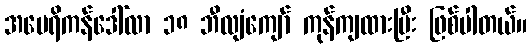
အမေရိကန်ဒေါ်လာ ၁၈ ဘီလျံကျော် ကုန်ကျထားပြီး ဖြစ်ပါတယ်။